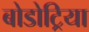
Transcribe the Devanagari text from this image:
बोडोट्रिया